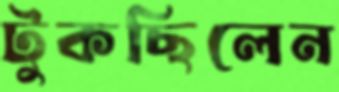
টুকছিলেন